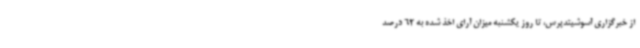
از خبرگزاری آسوشیتدپرس، تا روز یکشنبه میزان آرای اخذ شده به 62 درصد